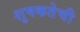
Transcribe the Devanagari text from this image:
शुषकतेची